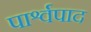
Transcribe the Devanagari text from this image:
पार्श्वपाद